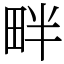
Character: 畔